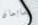
تشابمان